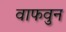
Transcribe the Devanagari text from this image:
वाफवुन